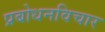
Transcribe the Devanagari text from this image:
प्रबोधनविचार